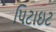
પિટાઇટ